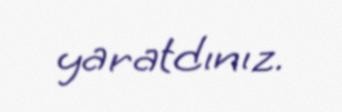
yaratdınız.